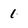
Character: 1